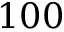
1 0 0